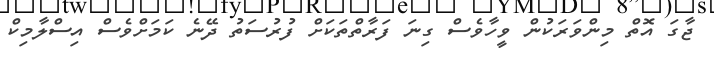
ޖާގަ އޮތް މިންވަރަކުން ވީހާވެސް ގިނަ ފަރާތްތަކަށް ފުރުސަތު ދޭނެ ކަމަށްވެސް އިސްލާމިކް